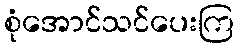
စုံအောင်သင်ပေးကြ